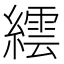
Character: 繧